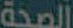
الصحة